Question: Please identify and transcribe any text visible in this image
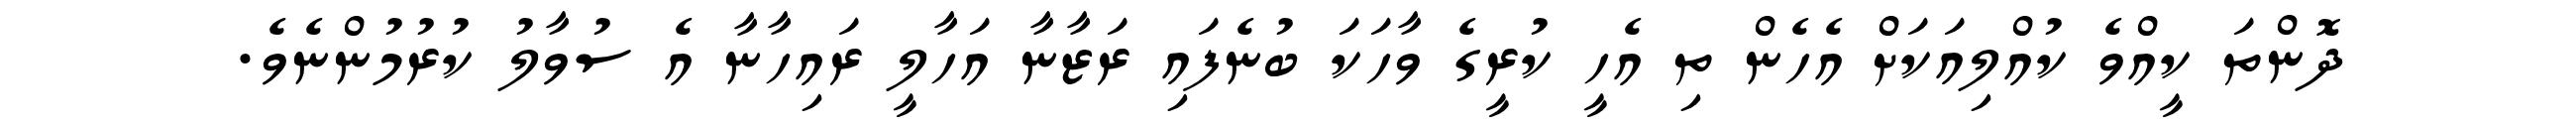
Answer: ދޮންތަ ކީއްވެ ކުއްލިއަކަށް އެހެން ތި އެހީ ކުރީގެ ވާހަކަ ބުނެފައި ރަޒާނާ އަހާލީ ރައިހާނާ އެ ސުވާލު ކުރުމުންނެވެ.